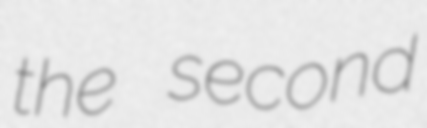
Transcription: the second